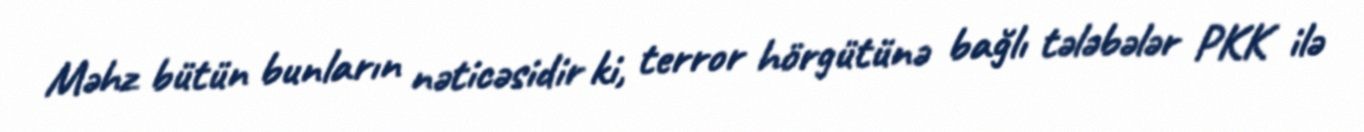
Məhz bütün bunların nəticəsidir ki, terror hörgütünə bağlı tələbələr PKK ilə